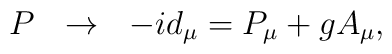
P\ \ \rightarrow \ \ -id_\mu =P_\mu +gA_\mu ,  \nonumber